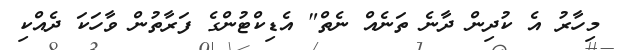
މިހާރު އެ ކުދިން ދާނެ ތަނެއް ނެތް" އެޑިކްޓުންގެ ފަރާތުން ވާހަކަ ދެއްކި